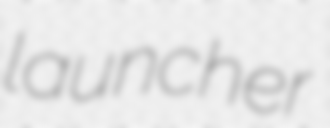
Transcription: launcher